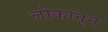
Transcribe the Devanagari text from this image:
लोकांतून